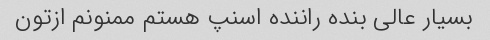
بسیار عالی بنده راننده اسنپ هستم ممنونم ازتون